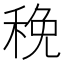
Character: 䅋